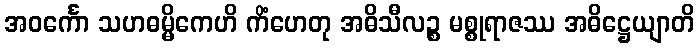
အဝင်္ကော သဟဓမ္မိကေဟိ ကိံဟေတု အဓိသီလဉ္စ မစ္စုရာဇဿ အဓိဋ္ဌေယျာတိ